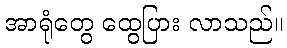
အာရုံတွေ ထွေပြား လာသည်။